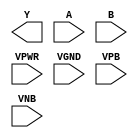
module sky130_fd_sc_hd__nand2 (
    Y   ,
    A   ,
    B   ,
    VPWR,
    VGND,
    VPB ,
    VNB
);

    output Y   ;
    input  A   ;
    input  B   ;
    input  VPWR;
    input  VGND;
    input  VPB ;
    input  VNB ;
endmodule